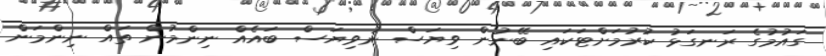
ގައުމުގެ ރަނގަޅު ކުރުމަށްޓަކައި ބޭނުން ވިޔަސް ނުވިޔަސް ބައެއް ނިންމުން ތައް ނިންމަން